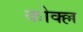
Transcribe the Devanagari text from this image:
कोक्ल्ल